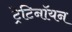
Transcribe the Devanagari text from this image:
ट्रेटिनॉयन